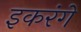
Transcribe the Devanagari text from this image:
इकरंगे